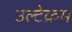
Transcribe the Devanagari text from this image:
उल्टेक्रम